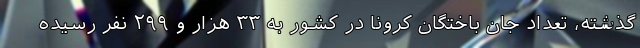
گذشته، تعداد جان باختگان کرونا در کشور به ۳۳ هزار و ۲۹۹ نفر رسیده